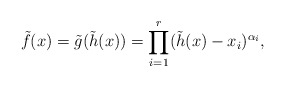
\begin{align*}\tilde f(x)=\tilde g(\tilde h(x))=\prod_{i=1}^r (\tilde h(x)-x_i)^{\alpha_i},\end{align*}